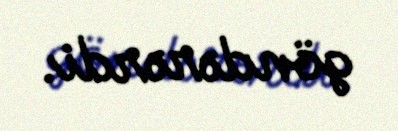
göndərərdi.